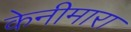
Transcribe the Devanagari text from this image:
केनीमारा